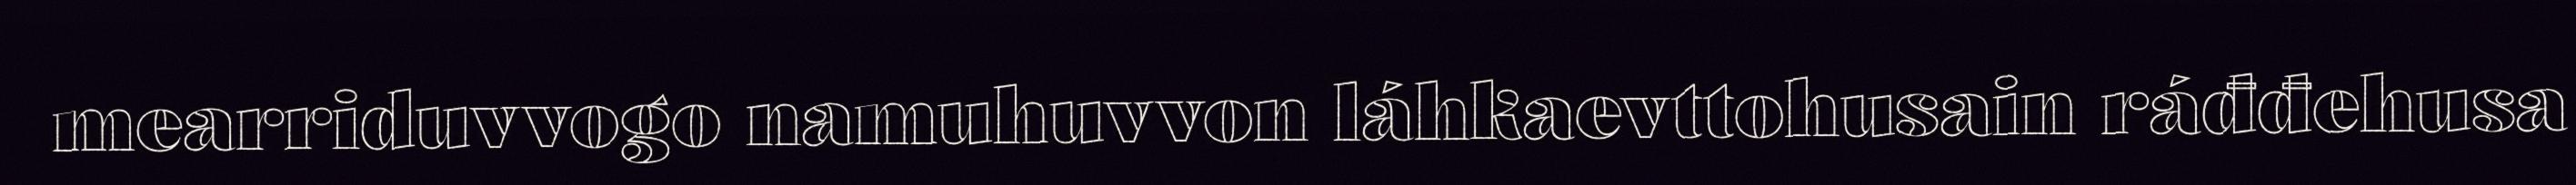
mearriduvvogo namuhuvvon láhkaevttohusain ráđđehusa